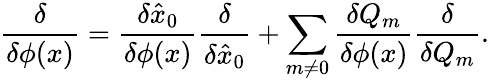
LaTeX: {\frac{\delta}{\delta\phi(x)}}={\frac{\delta\hat{x}_{0}}{\delta\phi(x)}}{\frac{\delta}{\delta\hat{x}_{0}}}+\sum_{m\neq 0}{\frac{\delta Q_{m}}{\delta\phi(x)}}{\frac{\delta}{\delta Q_{m}}}.